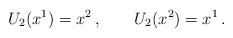
LaTeX: \begin{align*}U_{2}(x^{1})=x^{2}\,,\qquad U_{2}(x^{2})=x^{1}\,.\end{align*}